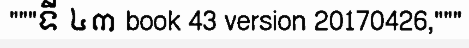
"""ទី ៤៣ book 43 version 20170426,"""